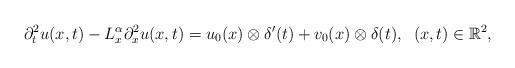
LaTeX: \begin{align*}\partial_{t}^{2}u(x,t)-L^\alpha_x\partial_x^2 u(x,t)=u_0(x)\otimes \delta'(t) + v_0(x)\otimes \delta(t),\;\;(x,t)\in \mathbb{R}^2,\end{align*}